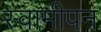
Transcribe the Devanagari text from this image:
स्वामीपन